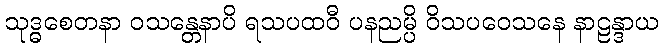
သုဒ္ဓစေတနာ ဝသန္တေနာပိ ရသပထဝီ ပနညမ္ပိ ဝိသပဝေသနေ နာဠန္ဒာယ